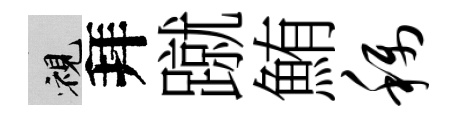
視拜蹴鮪称